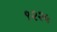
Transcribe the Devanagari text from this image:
९२२५